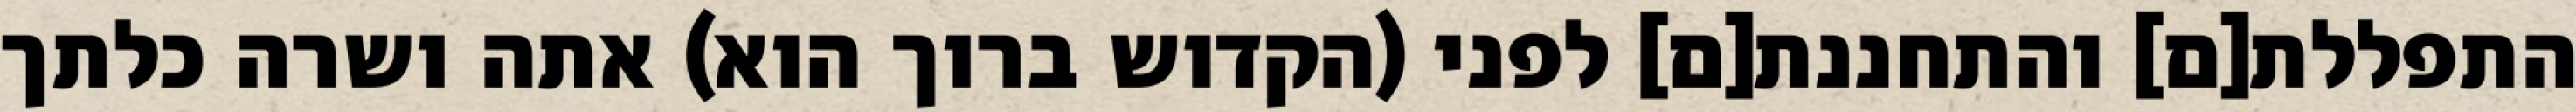
התפללת[ם] והתחננת[ם] לפני (הקדוש ברוך הוא) אתה ושרה כלתך